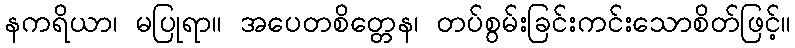
နကရိယာ၊ မပြုရာ။ အပေတစိတ္တေန၊ တပ်စွမ်းခြင်းကင်းသောစိတ်ဖြင့်။